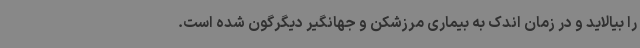
را بیالاید و در زمان اندک به بیماری مرزشکن و جهانگیر دیگرگون شده است.